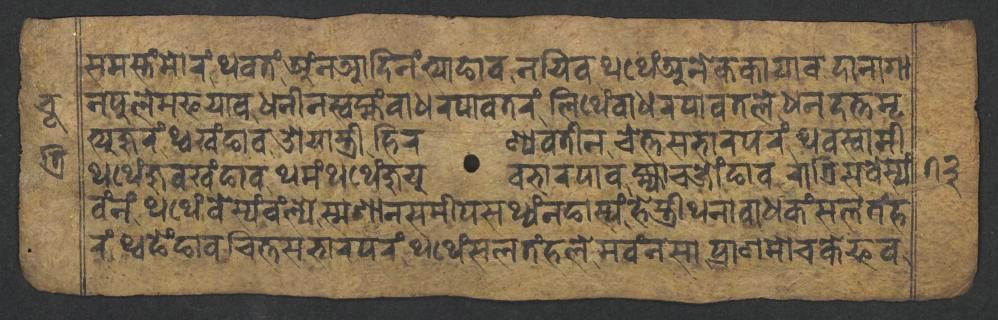
𑐳𑐩𑐳𑑂𑐟𑑄𑐩𑑀𑐬𑑄𑐠𑐰𑐟𑑄𑐀𑑄𑐣𑐁𑐡𑐶𑐣𑑄𑐟𑑂𑐫𑐵𑐒𑐵𑐰𑐣𑐫𑐶𑐰𑐠𑐠𑐾𑑄𑐀𑐣𑐾𑐎𑐎𑐵𑐫𑐵𑐰𑐡𑐵𑐣𑐵𑐐𑐵 𑐣𑐥𑐸𑐮𑐾𑐩𑐦𑐫𑐵𑐰𑐢𑐣𑐷𑐣𑐳𑑂𑐰𑐩𑑂𑐴𑑄𑐧𑐵𑐢𑐬𑐥𑐵𑐰𑐟𑐬𑑄𑐮𑐶𑐠𑐾𑑄𑐧𑐵𑐢𑐬𑐥𑐵𑐰𑐟𑐮𑐾𑐢𑐣𑐡𑐟𑑂𑐟𑐩𑐺 𑐟𑑂𑐫𑐸𑐖𑐸𑐬𑑄𑐠𑑂𑐰𑐏𑑄𑐒𑐵𑐰𑐌𑐫𑐵𑐳𑑂𑐟𑑂𑐬𑐷𑐴𑐶𑐬𑐞𑑂𑐫𑐰𑐟𑐷𑐣𑐔𑐾𑐟𑑂𑐟𑐳𑐨𑐵𑐬𑐥𑐬𑑄𑐠𑐰𑐳𑑂𑐰𑐵𑐩𑐷 𑐠𑐠𑐾𑑄𑐖𑐸𑐰𑐏𑑄𑐒𑐵𑐰𑐠𑐩𑑄𑐠𑐠𑐾𑑄𑐖𑐸𑐫𑐸𑐰𑐨𑐵𑐬𑐥𑐵𑐰𑐩𑑂𑐴𑑂𑐫𑐵𑐔𑐖𑑀𑑄𑐒𑐵𑐰𑐬𑐵𑐟𑑂𑐬𑐶𑐳𑐧𑐾𑐳𑑂𑐫𑑄 𑐰𑑄𑐣𑑄𑐠𑐠𑐾𑑄𑐧𑐾𑐳𑑂𑐫𑑄𑐰𑑄𑐮𑑂𑐫𑐾𑐳𑑂𑐩𑐱𑐵𑐣𑐳𑐩𑐷𑐥𑐳𑐠𑑂𑐫𑑄𑐣𑐒𑐵𑐳𑑂𑐫𑑄𑐴𑐾𑐳𑑂𑐟𑑂𑐬𑐷𑐠𑐣𑐵𑐰𑐵𑐢𑐎𑑄𑐳𑐮𑐟𑑄𑐴 𑐬𑑄𑐠𑑂𑐰𑐒𑐾𑑄𑐒𑐵𑐰𑐔𑐶𑐟𑑂𑐟𑐳𑐨𑐵𑐬𑐥𑐬𑑄𑐠𑐠𑐾𑑄𑐳𑐮𑐟𑑄𑐴𑐮𑐾𑐩𑐰𑑄𑐣𑐳𑐵𑐥𑑂𑐬𑐵𑐞𑐩𑑀𑐔𑐎𑐾𑐦𑐰